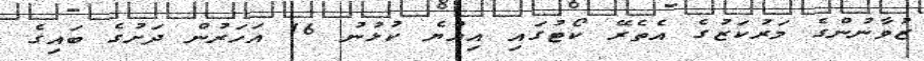
ޒުވާނުންގެ މަރުކަޒުގެ އެތެރޭ ކޯޓުގައި އިއްޔެ ކުޅުނު 16 އަހަރުން ދަށުގެ ބައިގެ